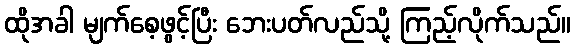
ထိုအခါ မျက်စေ့ဖွင့်ပြီး ဘေးပတ်လည်သို့ ကြည့်လိုက်သည်။